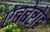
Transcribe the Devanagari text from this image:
एब्बेरोड